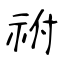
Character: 祔